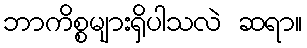
ဘာကိစ္စများရှိပါသလဲ ဆရာ။